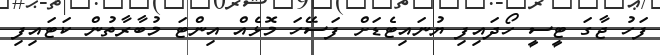
ފަހު ޖާގަ ޓީސީ ހޯދައިފި ޔުނައިޓެޑަށް ފަސޭހަ މޮޅެއް އިންޓަ މުބާރާތުން ކަޓައިފި